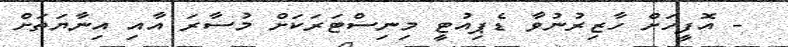
- އޮފީހަށް ހާޒިރުނުވާ ޑެޕިއުޓީ މިނިސްޓަރަކަށް މުސާރަ އާއި އިނާޔަތަށް